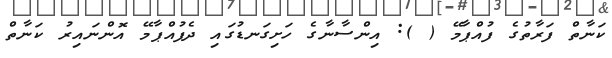
ކަނާތް ފަރާތުގެ ފުއްޕާމޭ ( ): އިންސާނާގެ ހަށިގަނޑުގައި ދެފުއްޕާމޭ އޮންނައިރު ކަނާތް